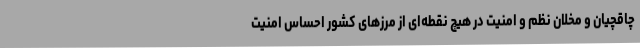
چاقچیان و مخلان نظم و امنیت در هیچ نقطه‌ای از مرزهای کشور احساس امنیت